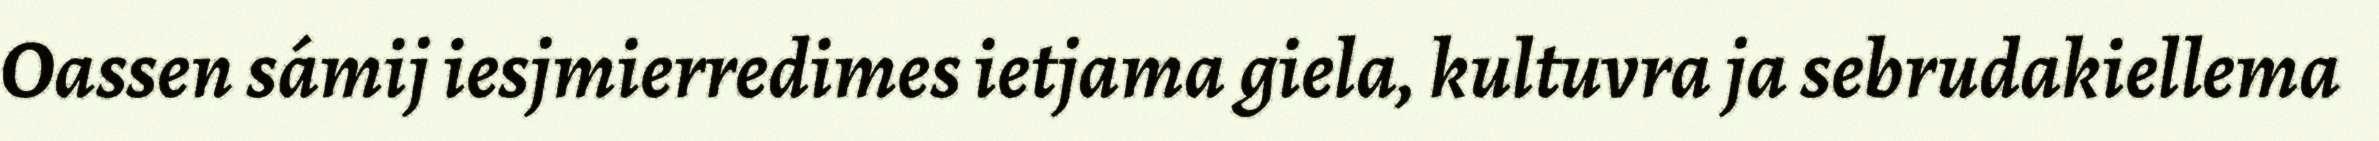
Oassen sámij iesjmierredimes ietjama giela, kultuvra ja sebrudakiellema